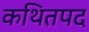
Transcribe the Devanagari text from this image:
कथितपद